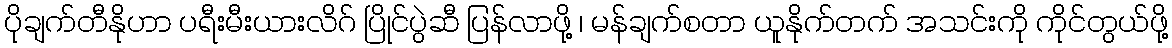
ပိုချက်တီနိုဟာ ပရီးမီးယားလိဂ် ပြိုင်ပွဲဆီ ပြန်လာဖို့ ၊ မန်ချက်စတာ ယူနိုက်တက် အသင်းကို ကိုင်တွယ်ဖို့